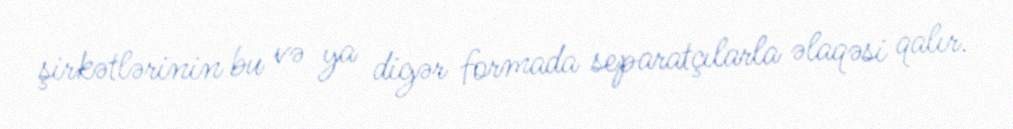
şirkətlərinin bu və ya digər formada separatçılarla əlaqəsi qalır.